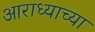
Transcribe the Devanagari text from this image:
आराध्याच्या